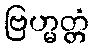
ဗြဟ္မတ္တံ